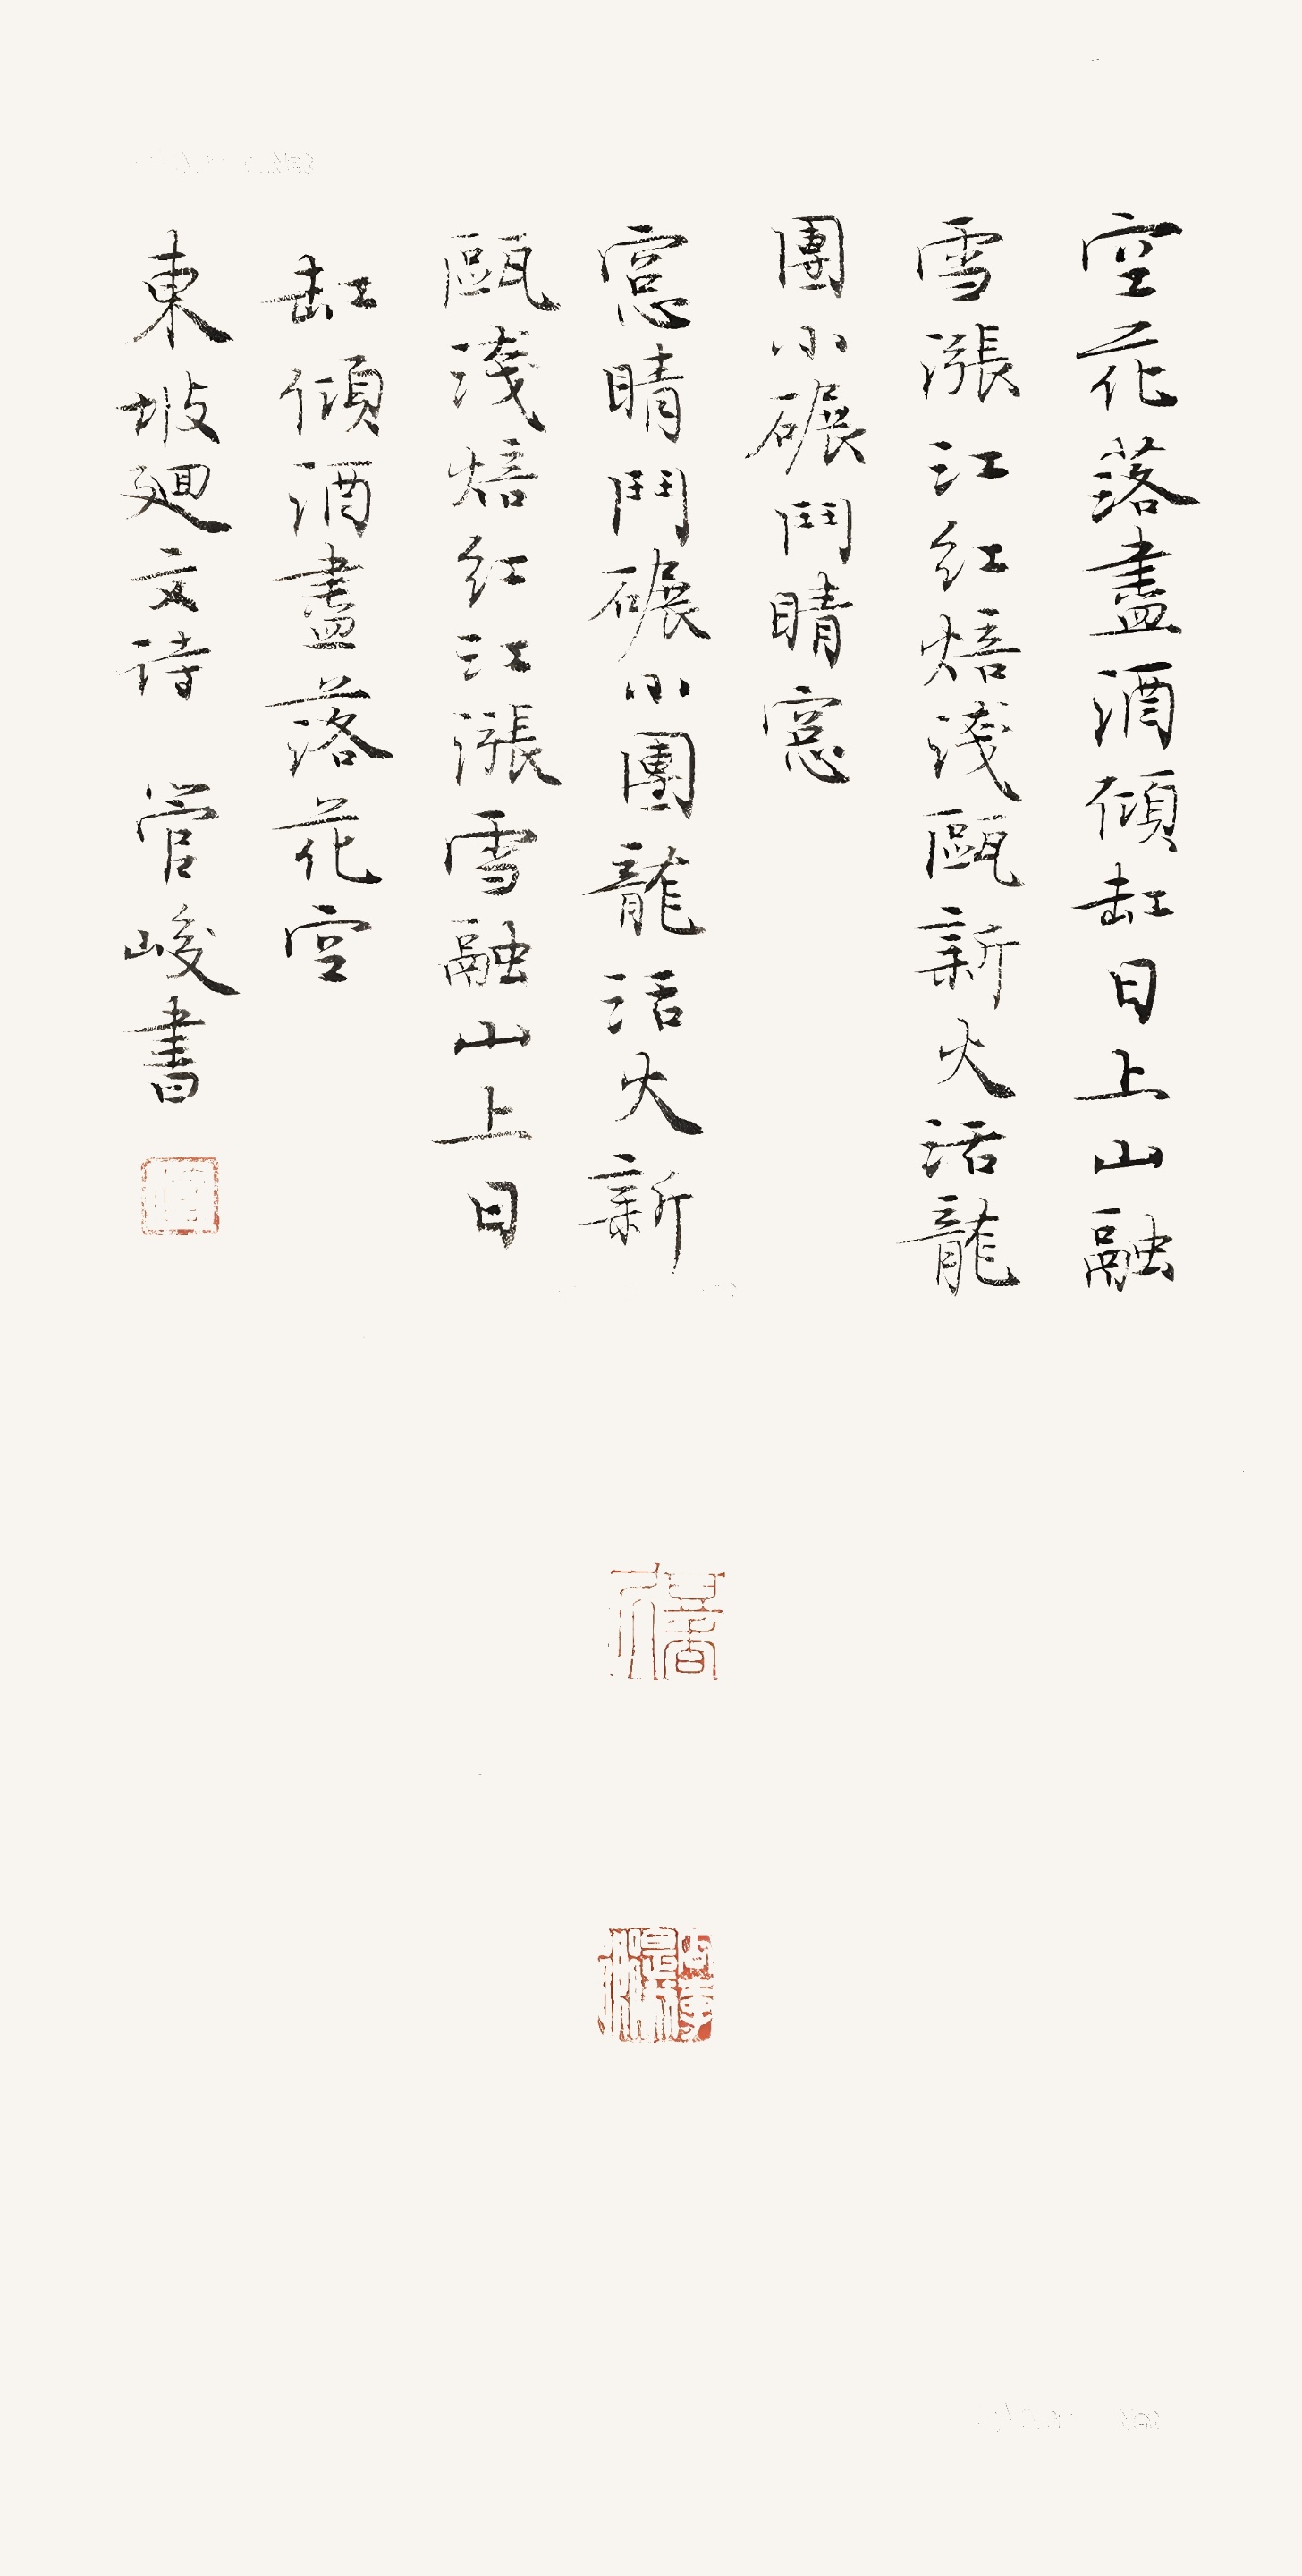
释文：空花落尽酒倾缸，日上山融雪涨江。红焙浅瓯新火活，龙团小碾斗晴窗。窗晴斗碾小团龙，活火新瓯浅焙红。江涨雪融山上日，缸倾酒尽落花空。东坡回文诗，管峻书